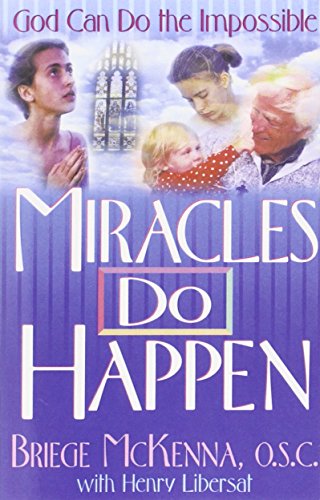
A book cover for Miracles Do Happen: God Can Do the Impossible; Sr. Briege Mc Kenna O.S.C.; Christian Books & Bibles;